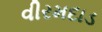
વીરમદાડ